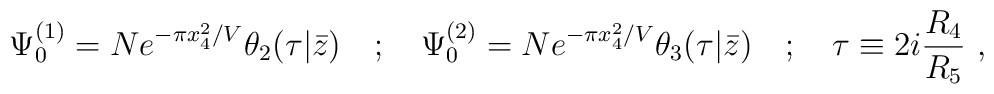
\Psi_0^{(1)}=Ne^{-\pi x_4^2/V}\theta_2(\tau|\bar{z})\quad ;\quad \Psi_0^{(2)}=Ne^{-\pi x_4^2/V}\theta_3(\tau|\bar{z})\quad ;\quad \tau\equiv 2i{R_4\over R_5}\ ,